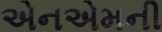
એનએમની